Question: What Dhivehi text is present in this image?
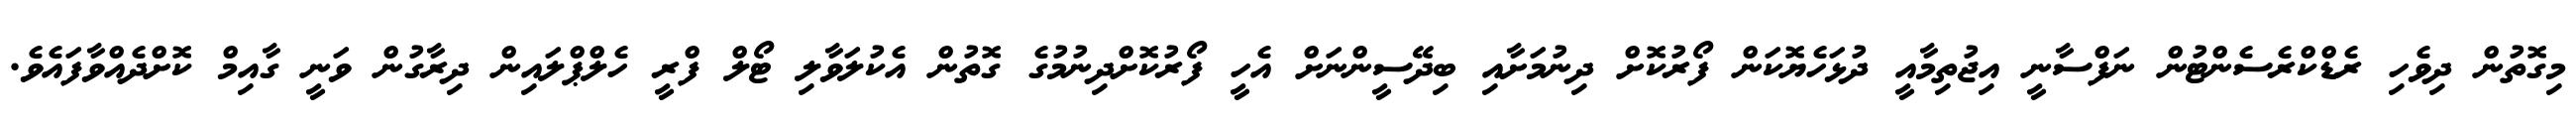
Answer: މިގޮތުން ދިވެހި ރެޑްކްރެސެންޓުން ނަފްސާނީ އިޖުތިމާއީ ދުޅަހެޔޮކަން ފޯރުކޮށް ދިނުމަށާއި ބިދޭސީންނަށް އެހީ ފޯރުކޮށްދިނުމުގެ ގޮތުން އެކުލަވާލި ޓޯލް ފްރީ ހެލްޕްލައިން ދިރާގުން ވަނީ ގާއިމް ކޮށްދެއްވާފައެވެ.